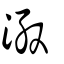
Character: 溵